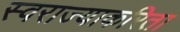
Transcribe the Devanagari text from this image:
स्वराज्याकरिता